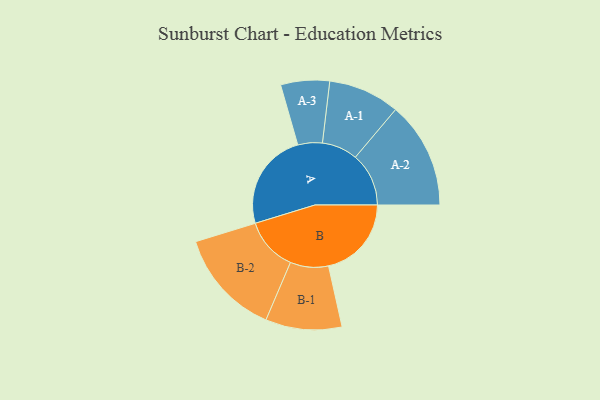
{"axis": {"x": "Segment", "y": "Value"}, "legend": ["", "A", "B"], "data": [{"x": "A", "y": 475, "type": ""}, {"x": "B", "y": 404, "type": ""}, {"x": "A-1", "y": 174, "type": "A"}, {"x": "A-2", "y": 260, "type": "A"}, {"x": "A-3", "y": 119, "type": "A"}, {"x": "B-1", "y": 186, "type": "B"}, {"x": "B-2", "y": 260, "type": "B"}]}